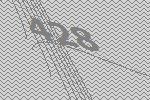
428